Vaccination in Bombay 1924-1928 - 1924-1928
Year: 1924
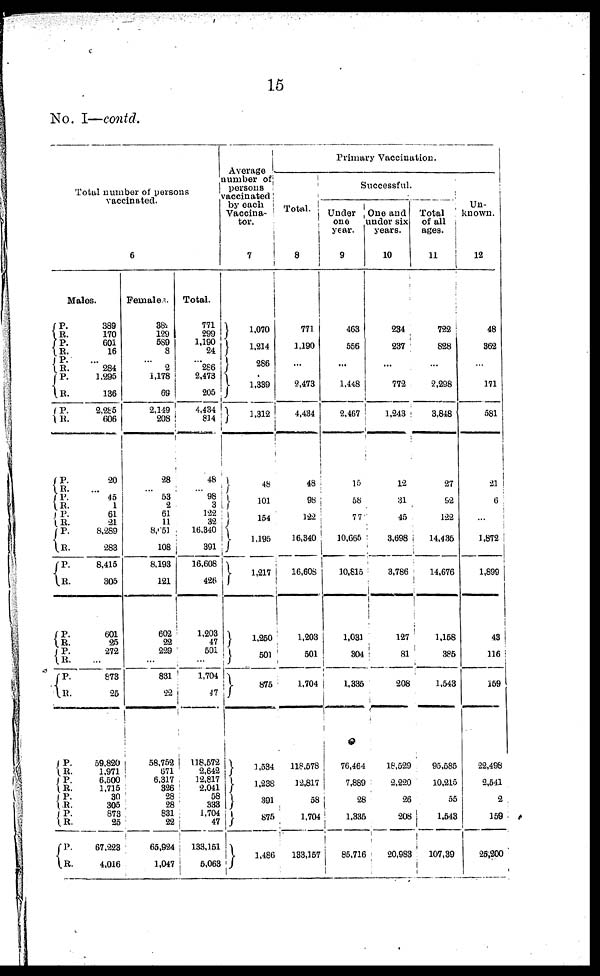
15
No.I—contd.
Total number of persons
vaccinated.
6
Males.
P.
R.
P.
R. P.
R.
P.
R. P.
R.
P.
R.
P. R.
P.
R.
P.
R. P.
R.
P.
R.
P.
R.
P.
R.
P.
R.
P.
R.
P.
R.
P.
R.
P.
R.
389
170
601
16
...
284
1,295
136
2,285
606
20
...
45
1
61
21
8,289
283
8,415
305
601
25
272
...
873
25
59,820
1,9711
6,500
1,715
30
305
873
25
67,223
4,016
Females.
382
129
589
8
...
2
1,178
69
2,149
208
28
...
53
2
61
11
8,051
108
8,193
121
602
22
229
...
831
22
58,752
671
6,317
326
28
28
831
22
65,924
1,047
Total.
771
299
1,190
24
.. 286
2,473
205
4,434
814
48
...
98
3
122
32
16,340
391
16,608
426
1,203
47
501
...
1,704
47
118,572
2,642
12,817
2,041
58
333
1,704
47
133,151
5,063
Average
number of
persons
vaccinated
by each
Vaccina¬
tor.
7
1,070
1,214
286
1,339
1,312
48
101
154
1,195
1,217
1,260
501
875
1,534
1,238
391
875
1,486
Primary Vaccination.
Total.
8
771
1,190
...
2,473
4,434
48
98
122
16,340
16,608
1,203
501
1,704
118,578
12,817
58
1,704
133,157
Successful.
Under
one
year.
9
463
556
...
1,448
2,467
15
58
77
10,665
10,815
1,031
304
1,335
76,464
7,889
28
1,335
85,716
One and
under six
years.
10
234
237
...
772
1,243
12
31
45
3,698
3,786
127
81
208
18,529
2,220
26
208
20,983
Total
of all
ages.
11
722
828
...
2,298
3,848
27
92
122
14,435
14,676
1,158
385
1,543
95,585
10,215
55
1,543
107,39
Un-
known.
12
48
362
...
171
581
21
6
...
1,872
1,899
43
116
159
22,498
2,541
2
159
25,200